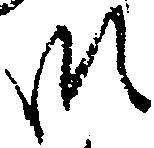
御